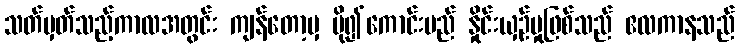
သတ်မှတ်သည့်ကာလအတွင်း ကျန်တော့မှ ပို၍ကောင်းမည် နှိုင်းယှဉ်မှုဖြစ်သည် ဧလကာနသည်